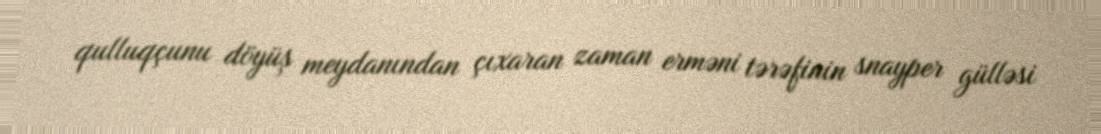
qulluqçunu döyüş meydanından çıxaran zaman erməni tərəfinin snayper gülləsi